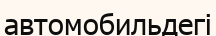
автомобильдегі